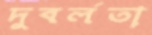
দুবর্লতা